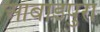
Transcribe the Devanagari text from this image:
आबाडपुरा